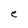
Character: e